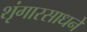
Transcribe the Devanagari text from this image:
शृंगारसाधने